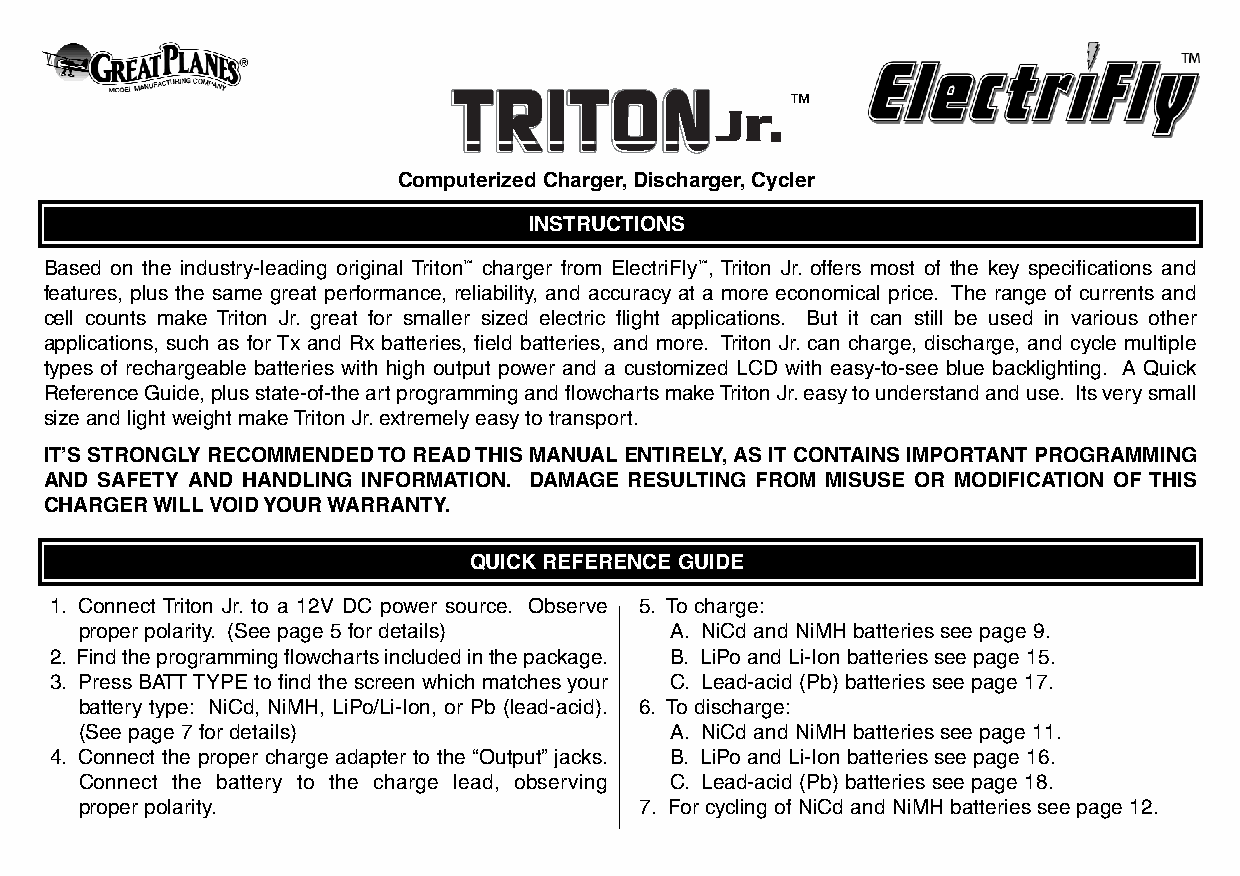
™
 Computerized Charger,Discharger,Cycler
 INSTRUCTIONS
 Based on the industry-leading original Triton™ charger from ElectriFly™, Triton Jr. offers most of the key specifications and
 features, plus the same great performance, reliability, and accuracy at a more economical price. The range of currents and
 cell counts make Triton Jr. great for smaller sized electric flight applications. But it can still be used in various other
 applications, such as for Tx and Rx batteries, field batteries, and more. Triton Jr.can charge, discharge, and cycle multiple
 types of rechargeable batteries with high output power and a customized LCD with easy-to-see blue backlighting. A Quick
 Reference Guide, plus state-of-the art programming and flowcharts make Triton Jr.easy to understand and use. Its very small
 size and light weight make Triton Jr.extremely easy to transport.
 IT’S STRONGLY RECOMMENDED TO READ THIS MANUAL ENTIRELY,AS IT CONTAINS IMPORTANT PROGRAMMING
 AND SAFETY AND HANDLING INFORMATION. DAMAGE RESULTING FROM MISUSE OR MODIFICATION OF THIS
 CHARGER WILL VOID YOUR WARRANTY.
 QUICK REFERENCE GUIDE
 1. Connect Triton Jr. to a 12V DC power source. Observe 5. To charge:
 proper polarity. (See page 5 for details) A. NiCd and NiMH batteries see page 9.
 2. Find the programming flowcharts included in the package. B. LiPo and Li-Ion batteries see page 15.
 3. Press BATT TYPE to find the screen which matches your C. Lead-acid (Pb) batteries see page 17.
 battery type: NiCd, NiMH, LiPo/Li-Ion, or Pb (lead-acid). 6. To discharge:
 (See page 7 for details)               A. NiCd and NiMH batteries see page 11.
 4. Connect the proper charge adapter to the “Output”jacks. B. LiPo and Li-Ion batteries see page 16.
 Connect the battery to the charge lead, observing C. Lead-acid (Pb) batteries see page 18.
 proper polarity.                     7. For cycling of NiCd and NiMH batteries see page 12.